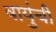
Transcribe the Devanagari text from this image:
वायुंची